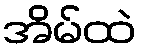
အိမ်ထဲ